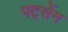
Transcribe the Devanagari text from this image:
पर्ट्सेम